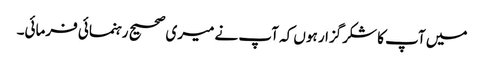
میں آپ کا شکرگزار ہوں کہ آپ نے میری صحیح رہنمائی فرمائی۔